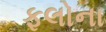
ફલોના